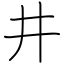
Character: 井